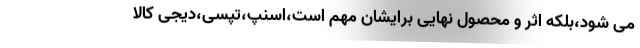
می شود،بلکه اثر و محصول نهایی برایشان مهم است،اسنپ،تپسی،دیجی کالا